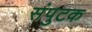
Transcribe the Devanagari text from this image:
संपुटक